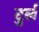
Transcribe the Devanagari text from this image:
टुर्ल